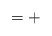
LaTeX: \begin{align*} &= + \end{align*}